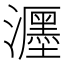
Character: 𤄊